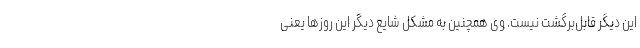
این دیگر قابل‌برگشت نیست. وی همچنین به مشکل شایع دیگر این روزها یعنی